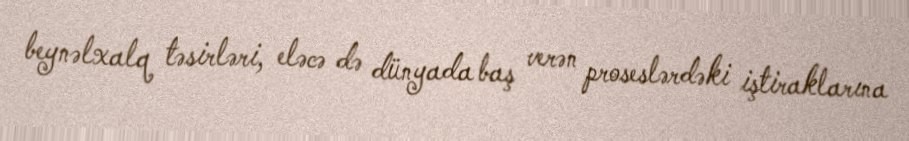
beynəlxalq təsirləri, eləcə də dünyada baş verən proseslərdəki iştiraklarına